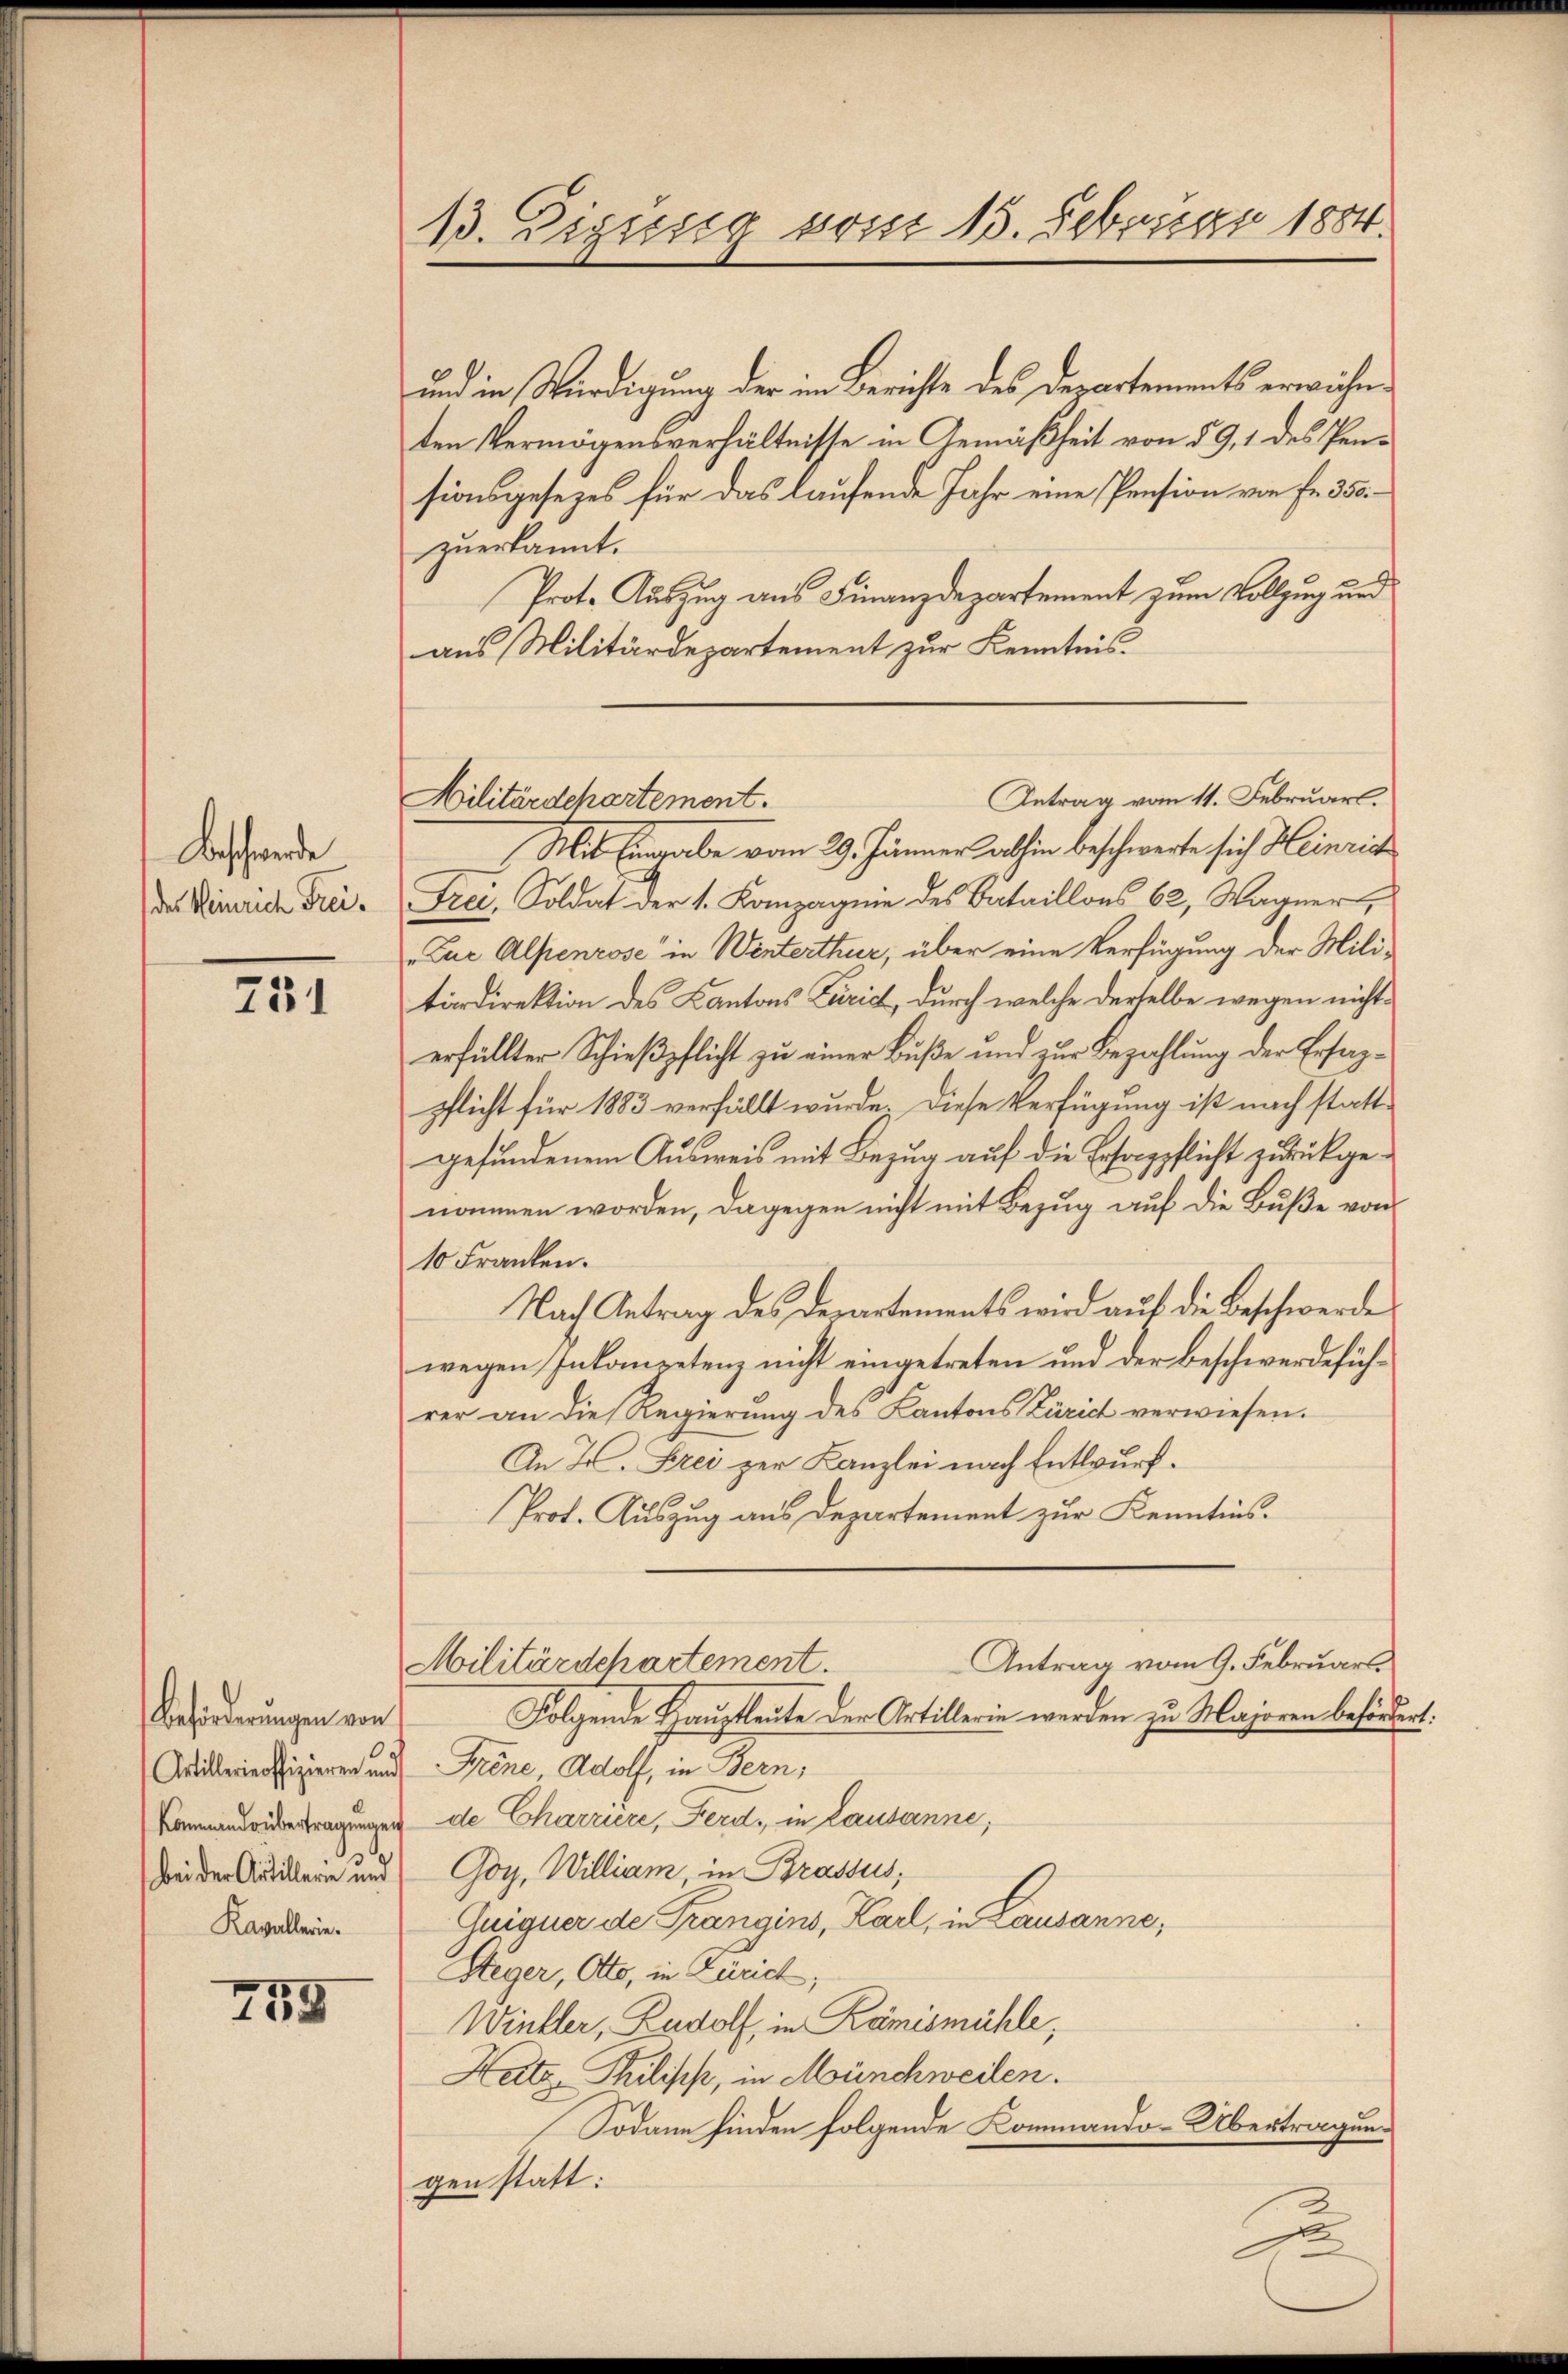
Beschwerde
des Heinrich Frei¬

731

Beförderungen von
Kavallerie¬

755

13. Digisig vom 15. Februar 1884.

und in Würdigung der im Berichte des Departements erwähnten Vermögensverhältnisse in Gemäßheit von § 9, 1 des Pensionsgesezes für das laufende Jahr eine Pension von Fr. 350
zuerkannt.
Prot. Auszug aus Finanzdepartement zum Vollzug und
aus Militärdepartement zur Kenntnis
Mit Eingabe vom 29. Jänner abhin beschwerte sich Heinric
Frei, Soldat der 1. Kompagnie des Bataillons 62, Wagner,
Zue Alpenrose in Winterthur, über eine Verfügung der Mili-
tärdirektion des Kantons Zürich, durch welche derselbe wegen nichterfüllter Schießpflicht zu einer Buße und zur Bezahlung der Ersagpflicht für 1883 verfällt wurde. Diese Verfügung ist nach stattgefundenem Ausweis mit Bezug auf die Ersorgpflicht zurückgenommen worden, dagegen nicht mit Bezug auf die Buße von
10 Franken.
Nach Antrag des derartements wird auf die Beschwerde
wegen Inkompetenz nicht eingetreten und der Beschwerdeführer an die Regierung des Kantons Zürich verwiesen.
An 2. Frei zur Kanzlei nach Entwurf.
Prot. Auszug aus Departement zur Kenntnis.
Antrag vom 9. Februarl.
Militärdchartement.
Folgende Hauptleute der Artillerin werden zu Majoren beförde
Artillerieffizieren und Frene Adolf, in Bern,
Kommandidertragungen de Charrière, Ferd, in Lausanne;
Bei der Audieren und Goy, William, in Brassus,
Auiguer de Prangins, Karl, in Lausanne,
Heger, Oto, in Zürich
Winkler, Rudolf, in Rämismühle,
Hatz Philisch, in Münchweilen.
Sodann finden folgende Kommando-Übertragungen statt:

Antrag vom 11. Februar.
Militärdepartement.

u

1.